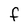
Character: f